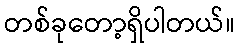
တစ်ခုတော့ရှိပါတယ်။